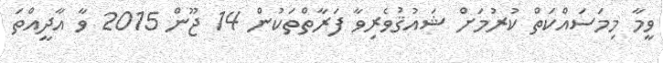
ވީމާ މިމަސައްކަތް ކުރުމަށް ޝައުޤުވެރިވާ ފަރާތްތަކުން 14 ޖޫން 2015 ވާ އާދީއްތަ